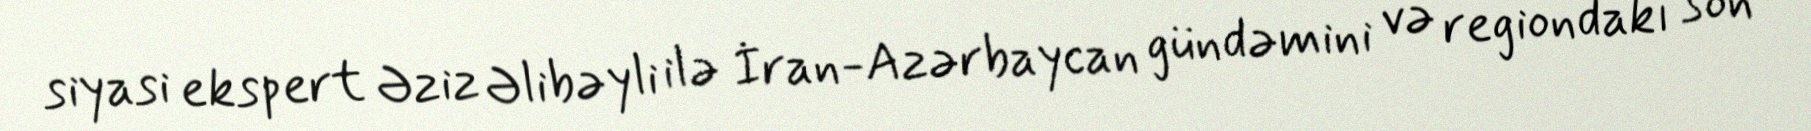
siyasi ekspert Əziz Əlibəyli ilə İran-Azərbaycan gündəmini və regiondakı son